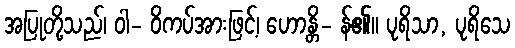
အပြုတို့သည်၊ ဝါ- ဝိကပ်အားဖြင့်၊ ဟောန္တိ- န်၏။ ပုရိသာ, ပုရိသေ